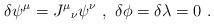
LaTeX: \begin{align*}\delta \psi^{\mu} = J^{\mu}{}_{\nu} \psi^{\nu} \ , \ \delta \phi = \delta \lambda = 0\ . \end{align*}